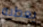
يعطيه